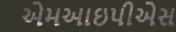
એમઆઇપીએસ